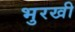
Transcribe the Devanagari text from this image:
भुरखी